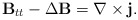
\begin{align*} {\bf B}_{tt}-\Delta {\bf B}=\nabla\times {\bf j}. \end{align*}